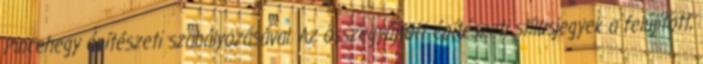
Pincehegy építészeti szabályozásával. Az összegyűjtött építészeti stílusjegyek a felújított,